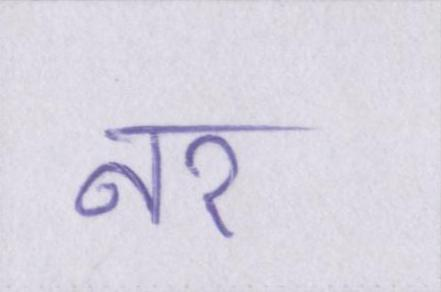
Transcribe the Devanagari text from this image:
नर